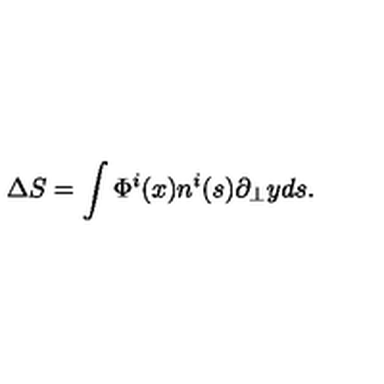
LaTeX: \Delta S = \int \Phi ^ { i } ( x ) n ^ { i } ( s ) \partial _ { \bot } y d s .